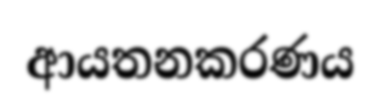
ආයතනකරණය